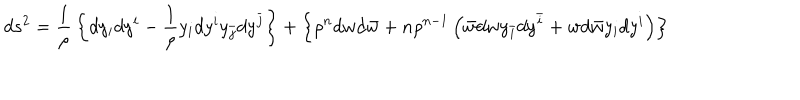
d s ^ { 2 } = { \frac { 1 } { \rho } } \left\{ d y _ { i } d y ^ { i } - { \frac { 1 } { \rho } } y _ { i } d y ^ { i } y _ { \bar { j } } d y ^ { \bar { j } } \right\} + \left\{ \rho ^ { n } d w d { \bar { w } } + n \rho ^ { n - 1 } \left( { \bar { w } } d w y _ { \bar { i } } d y ^ { \bar { i } } + w d { \bar { w } } y _ { i } d y ^ { i } \right) \right\}